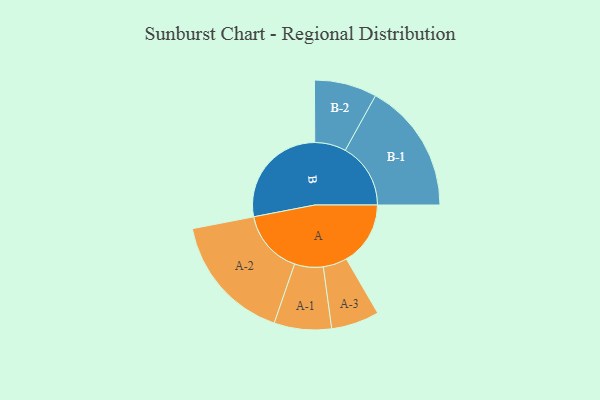
{"axis": {"x": "Segment", "y": "Value"}, "legend": ["", "A", "B"], "data": [{"x": "A", "y": 293, "type": ""}, {"x": "B", "y": 493, "type": ""}, {"x": "A-1", "y": 131, "type": "A"}, {"x": "A-2", "y": 294, "type": "A"}, {"x": "A-3", "y": 110, "type": "A"}, {"x": "B-1", "y": 299, "type": "B"}, {"x": "B-2", "y": 143, "type": "B"}]}